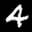
Label: 4